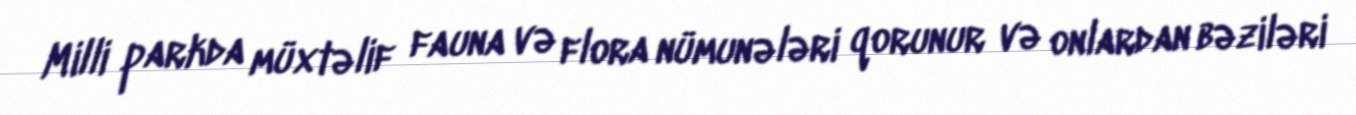
Milli parkda müxtəlif fauna və flora nümunələri qorunur və onlardan bəziləri